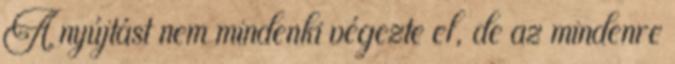
A nyújtást nem mindenki végezte el, de az mindenre